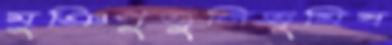
মুঞিপুত্তুলিভূমিষ